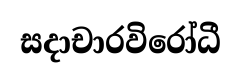
සදාචාරවිරෝධී